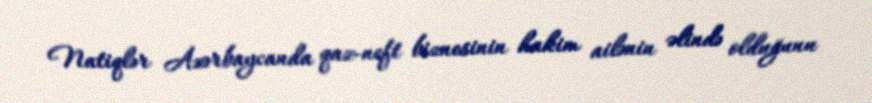
Natiqlər Azərbaycanda qaz-neft biznesinin hakim ailənin əlində olduğunu